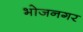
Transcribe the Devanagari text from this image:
भोजनगर